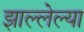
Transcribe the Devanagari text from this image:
झाल्लेल्या